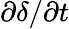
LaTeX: \partial\delta/\partial t